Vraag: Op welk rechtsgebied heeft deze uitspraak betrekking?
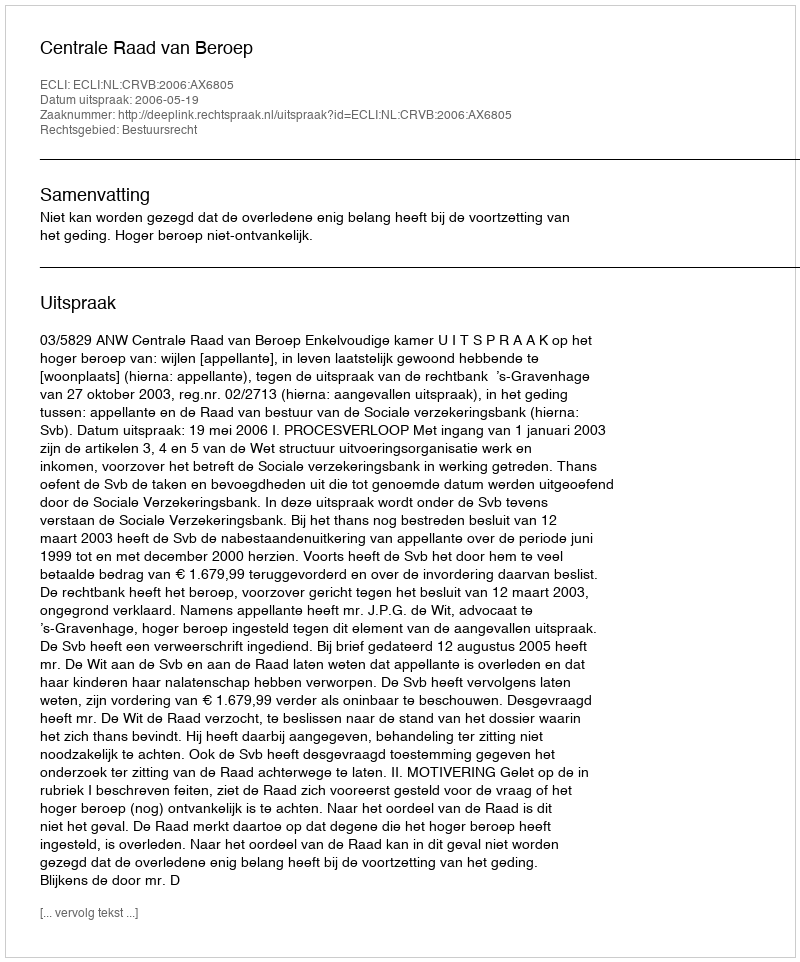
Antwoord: Bestuursrecht